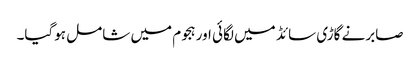
صابرنے گاڑی سائڈ میں لگائی اور ہجوم میں شامل ہوگیا۔